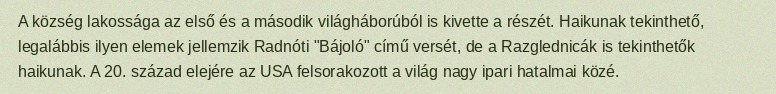
A község lakossága az első és a második világháborúból is kivette a részét. Haikunak tekinthető, legalábbis ilyen elemek jellemzik Radnóti "Bájoló" című versét, de a Razglednicák is tekinthetők haikunak. A 20. század elejére az USA felsorakozott a világ nagy ipari hatalmai közé.